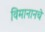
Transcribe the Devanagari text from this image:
विमानानचे